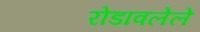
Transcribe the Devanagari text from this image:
रोडावलेले